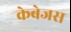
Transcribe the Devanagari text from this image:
केबेजस